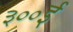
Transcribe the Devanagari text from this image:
३००ई